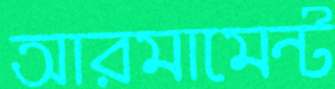
আরমামেন্ট